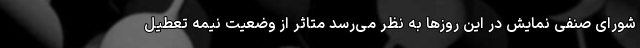
شورای صنفی نمایش در این روزها به نظر می‌رسد متاثر از وضعیت نیمه تعطیل